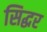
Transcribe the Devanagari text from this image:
सिद्धर